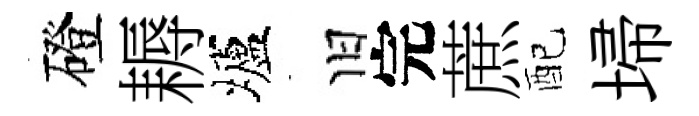
磴耨壚旧完蔗配埽